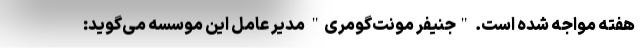
هفته مواجه شده است. "جنیفر مونت‌گومری" مدیر عامل این موسسه می‌گوید: